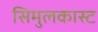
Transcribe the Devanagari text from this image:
सिमुलकास्ट